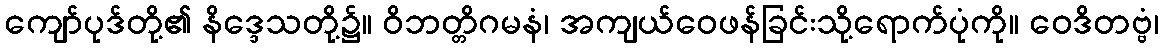
ကျော်ပုဒ်တို့၏ နိဒ္ဒေသတို့၌။ ဝိဘတ္တိဂမနံ၊ အကျယ်ဝေဖန်ခြင်းသို့ရောက်ပုံကို။ ဝေဒိတဗ္ဗံ၊